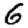
Digit: 6